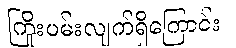
ကြိုးပမ်းလျက်ရှိကြောင်း